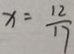
x = \frac { 1 2 } { 1 7 }